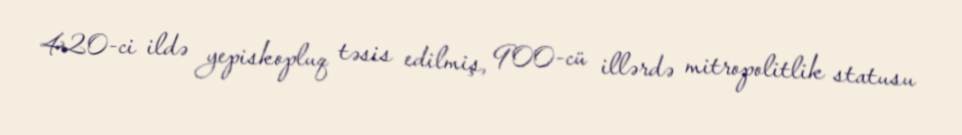
420-ci ildə yepiskopluq təsis edilmiş, 900-cü illərdə mitropolitlik statusu